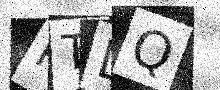
Text: RTLQ